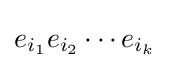
e_{i_{1}}e_{i_{2}}\cdots e_{i_{k}}